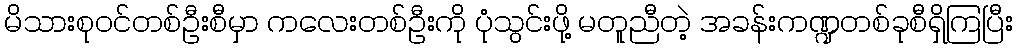
မိသားစုဝင်တစ်ဦးစီမှာ ကလေးတစ်ဦးကို ပုံသွင်းဖို့ မတူညီတဲ့ အခန်းကဏ္ဍတစ်ခုစီရှိကြပြီး